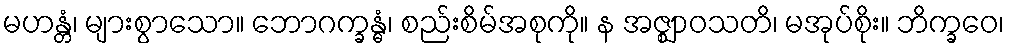
မဟန္တံ၊ များစွာသော။ ဘောဂက္ခန္ဓံ၊ စည်းစိမ်အစုကို။ န အဇ္ဈာဝသတိ၊ မအုပ်စိုး။ ဘိက္ခဝေ၊